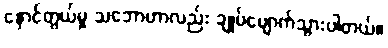
နှောင်တွယ်မှု သဘောဟာလည်း ချုပ်ပျောက်သွားပါတယ်။